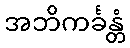
အဘိကင်္ခန္တံ